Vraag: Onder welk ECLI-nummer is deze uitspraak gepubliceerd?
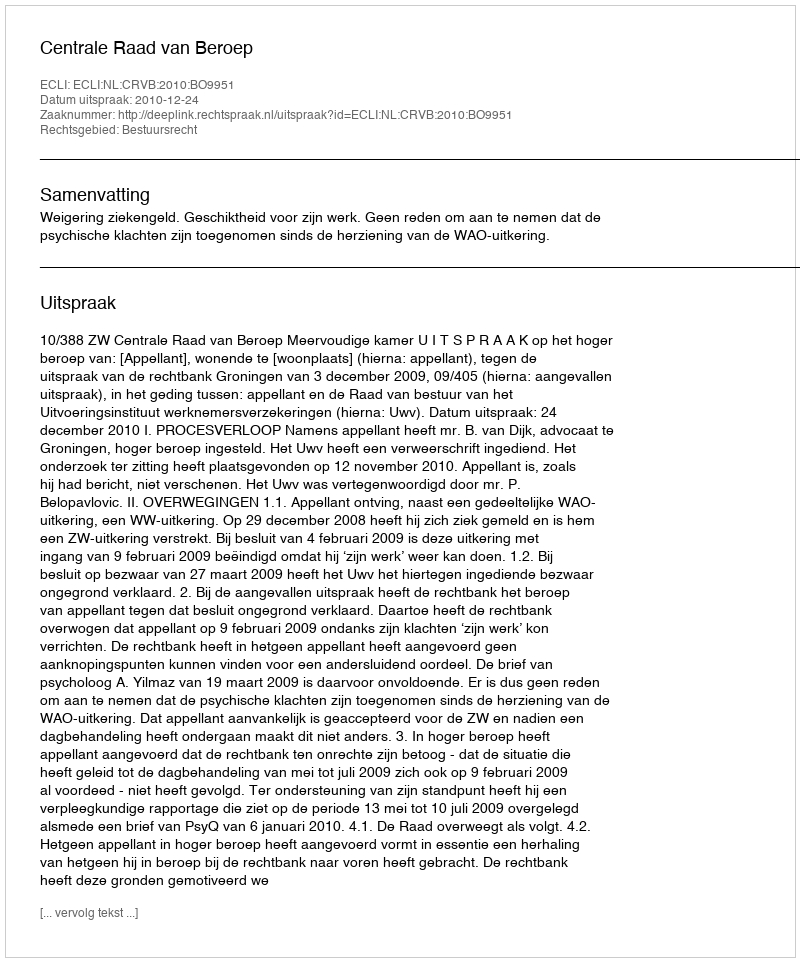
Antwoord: ECLI:NL:CRVB:2010:BO9951